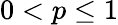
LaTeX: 0<p\le 1